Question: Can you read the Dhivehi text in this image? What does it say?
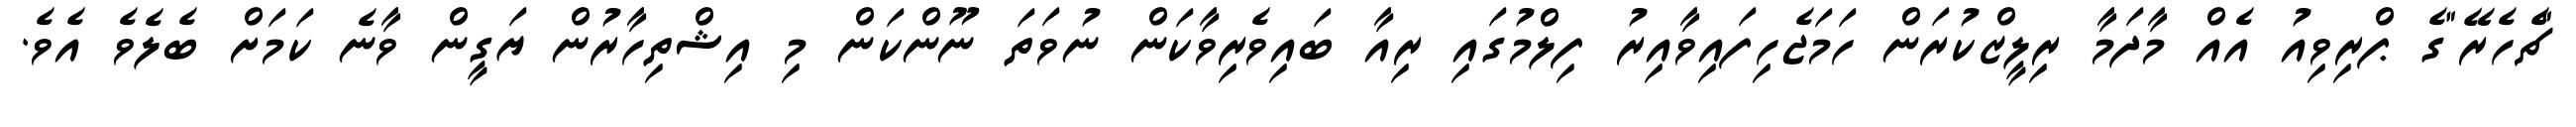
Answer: "ޗެހެރޭ"ގެ ޕްރިވިއު އެއް މާދަމާ ރިލީޒްކުރަން ހަމަޖެހިފައިވާއިރު ފިލްމުގައި ރިއާ ބައިވެރިވާކަން ނުވަތަ ނޫންކަން މި އިޝްތިހާރުން ޔަގީން ވާނެ ކަމަށް ބެލެވެ އެވެ.